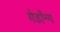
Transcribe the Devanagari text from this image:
गेडॉन्ग